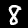
Digit: 8